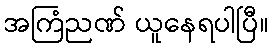
အကြံညဏ် ယူနေရပါပြီ။